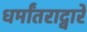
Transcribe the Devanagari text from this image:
धर्मांतराद्वारे